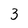
Character: 3